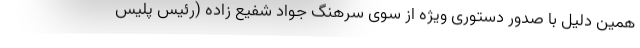
همین دلیل با صدور دستوری ویژه از سوی سرهنگ جواد شفیع زاده (رئیس پلیس